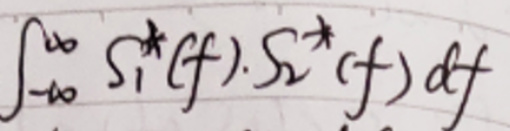
\[
\int_{-\infty}^{\infty} S_{1}^{*}(f) \cdot S_{2}^{*}(f) df
\]